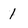
Character: 1